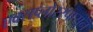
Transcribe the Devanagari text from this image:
एक्सप्लोररपासून